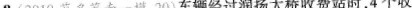
8.（2019茂名茂南一摸，20）车辆经过润扬大桥收费站时，4个收